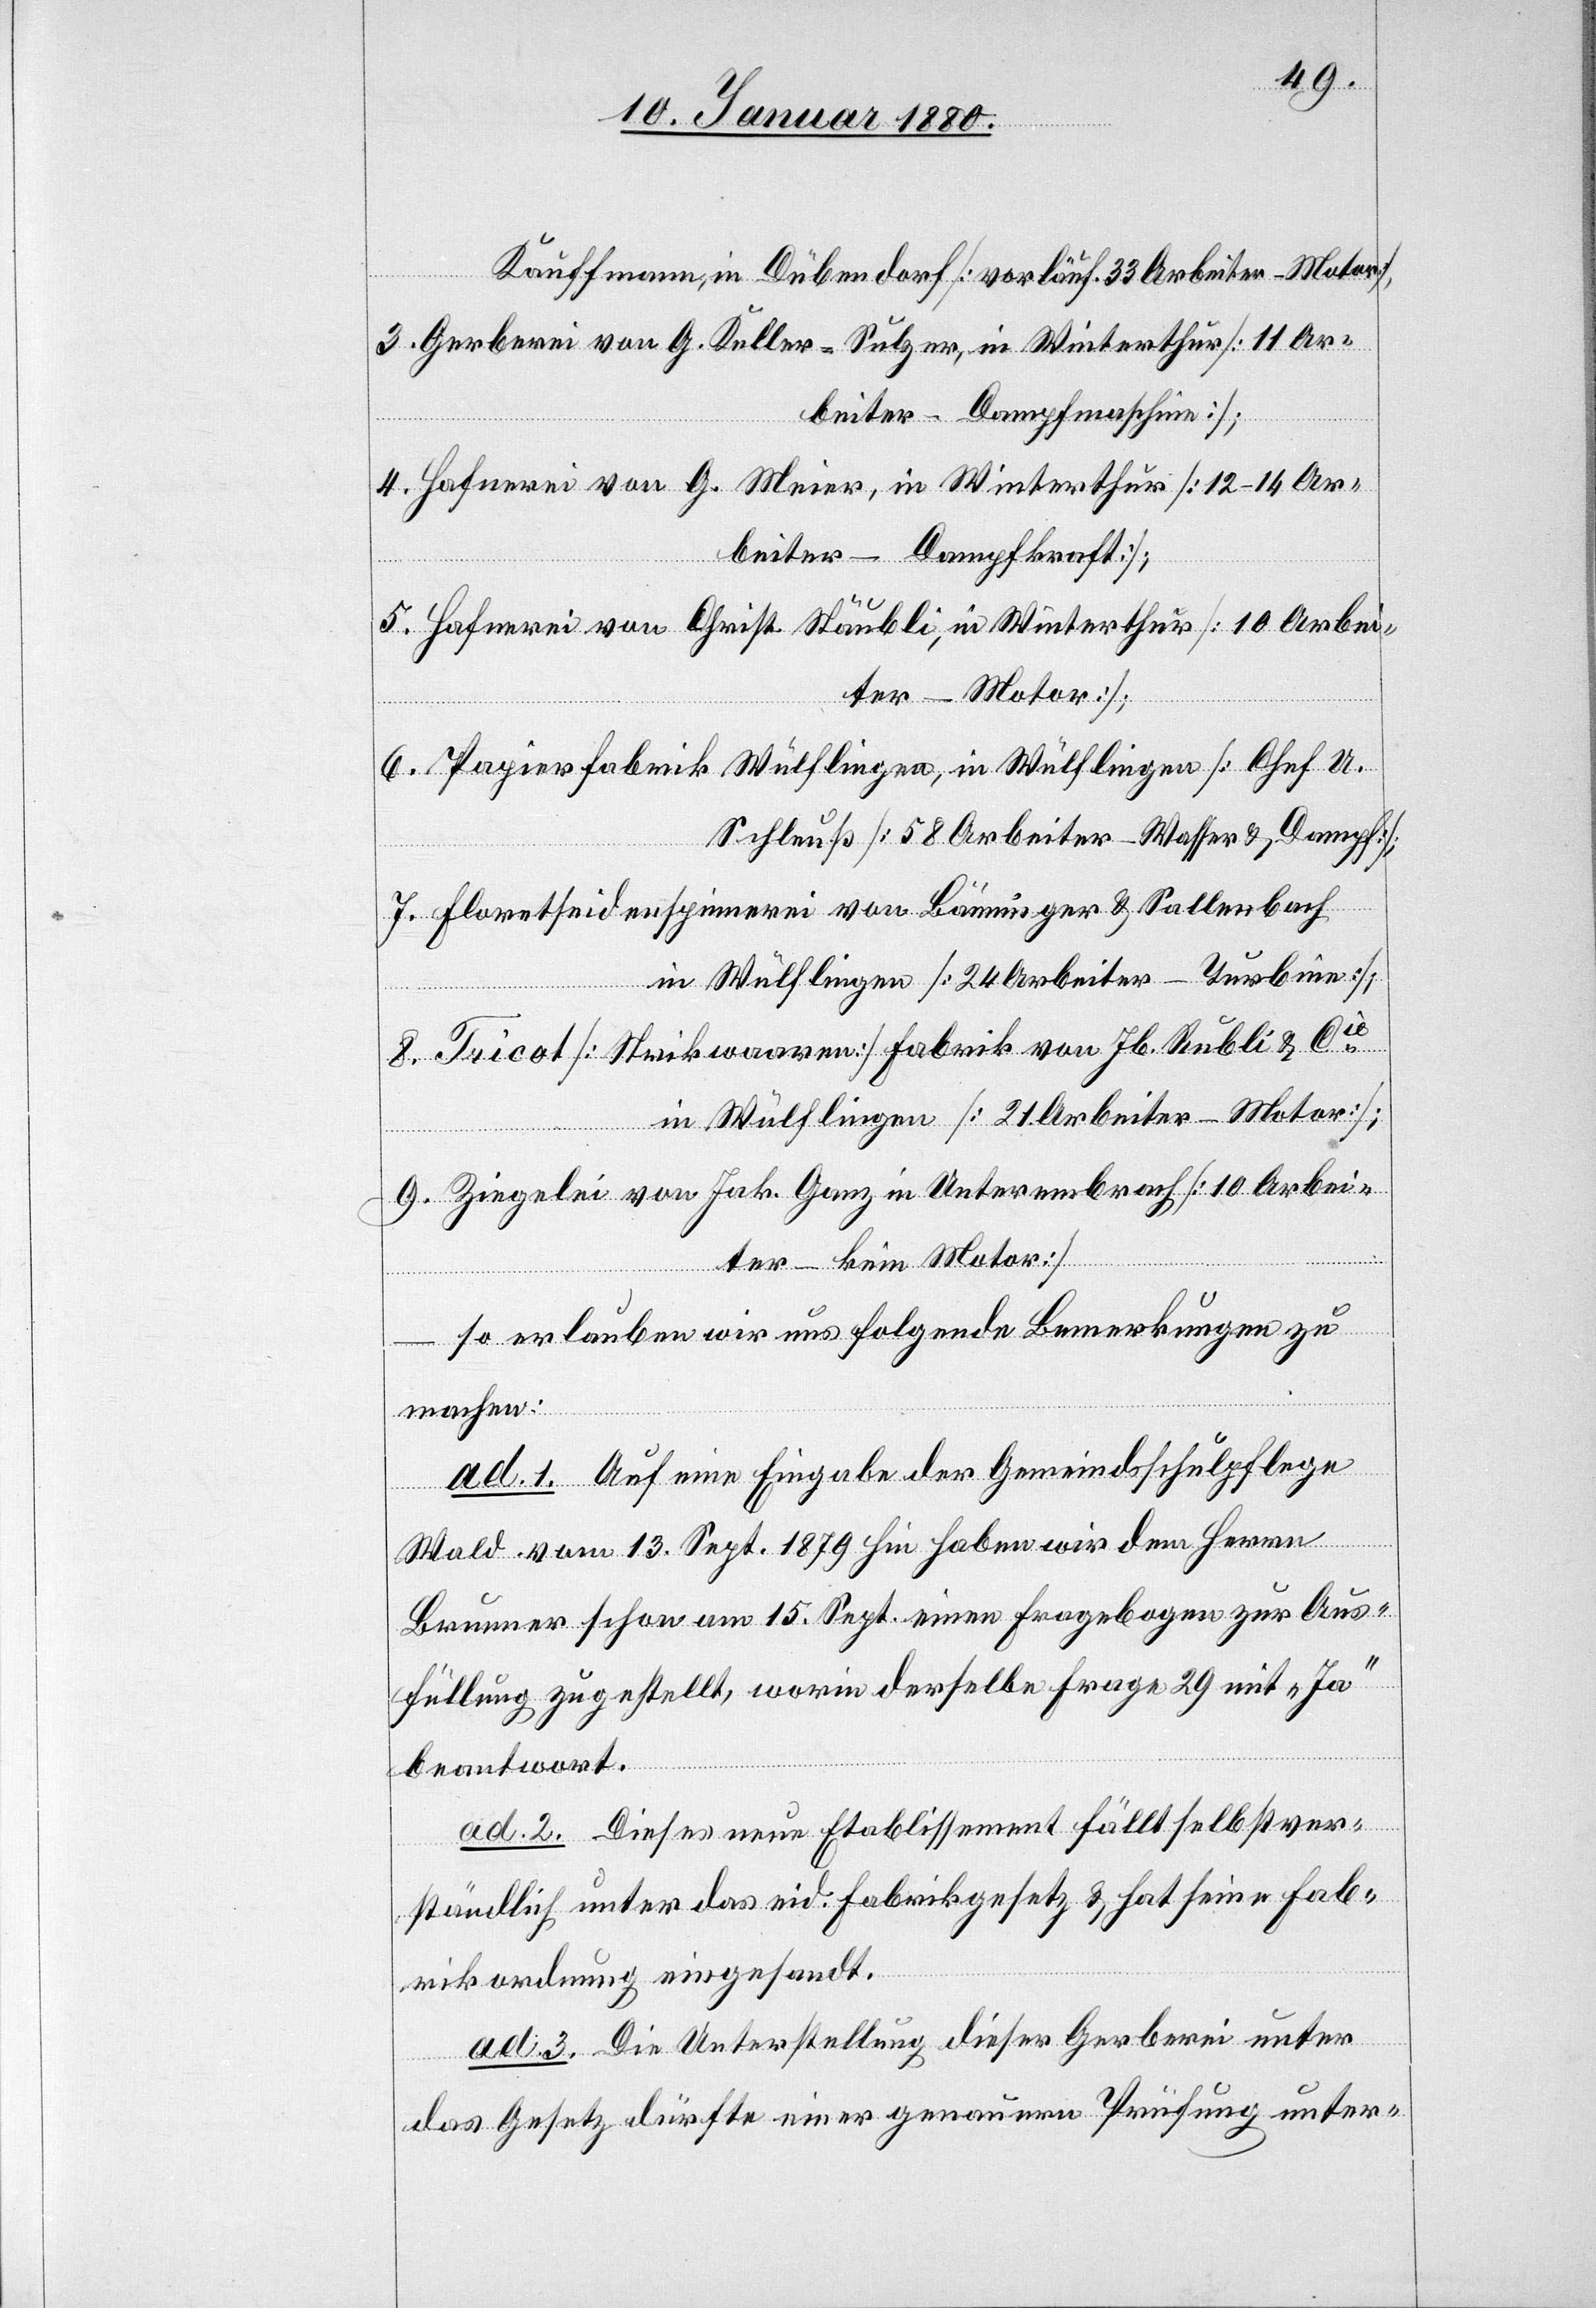
Kauffmann, in Dübendorf [vorläuf. 33 Arbeiter - Motor],
Gerberei von G. Keller Sulzer in Winterthur [11 Ar¬
beiter - Dampfmaschine];
Hafnerei von G. Meier, in Winterthur [12–14 Ar¬
beiter - Dampfkraft]
Hafnerei von Christ. Stäubli, in Winterthur [10 Arbei¬
ter - Motor];
Papierfabrik Wülflingen, in Wülflingen [Chef A.
Schleuß [58 Arbeiter - Wasser &Dampf];
Floretseidenspinnerei von Bänninger & Sallenbach
in Wülflingen [24 Arbeiter - Turbine];
Tricot [Strickwaaren] Fabrik von Hb. Rubli & Cie
in Wülflingen [21 Arbeiter - Motor];
Ziegelei von Jak. Ganz in Unterembrach [10 Arbei¬
ter - kein Motor]
so erlauben wir uns folgende Bemerkungen zu
machen:
ad 1. Auf eine Eingabe der Gemeindsschulpflege
Wald vom 13. Sept. 1879 hin haben wir dem Herrn
Brunner schon am 15. Sept. einen Fragebogen zur Aus¬
füllung zugestellt, worin derselbe Frage 29 mit „Ja“
beantwortet.
ad 2. Dieses neue Etablissement fällt selbstver¬
ständlich unter das eid. Fabrikgesetz & hat seine Fab¬
rikordnung eingesandt.
ad 3. Die Unterstellung dieser Gerberei unter
das Gesetz dürfte einer genauern Prüfung unter-